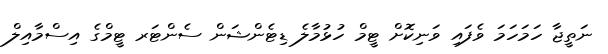
ނަތީޖާ ހަމަހަމަ ވެފައި ވަނިކޮށް ޓީމް ހުޅުމާލެ ޑިޓެންޝަން ސެންޓަރ ޓީމްގެ އިސްމާއިލް